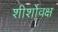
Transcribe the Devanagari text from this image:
शीर्शोवक्ष